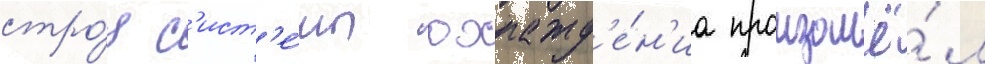
стро́я с'ист'е́мы охлажд'е́н'иа произошё́л